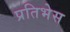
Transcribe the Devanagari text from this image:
प्रतिभेस